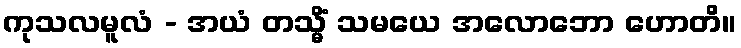
ကုသလမူလံ - အယံ တသ္မိံ သမယေ အလောဘော ဟောတိ။